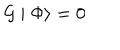
LaTeX: { \cal G } \mid \Phi \rangle = 0